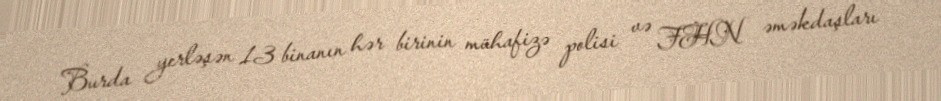
Burda yerləşən 13 binanın hər birinin mühafizə polisi və FHN əməkdaşları